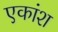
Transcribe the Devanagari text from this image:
एकांश